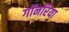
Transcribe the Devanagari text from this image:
गॉनरिया